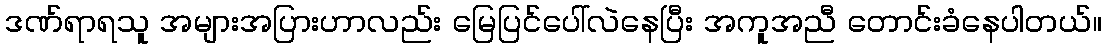
ဒဏ်ရာရသူ အများအပြားဟာလည်း မြေပြင်ပေါ်လဲနေပြီး အကူအညီ တောင်းခံနေပါတယ်။